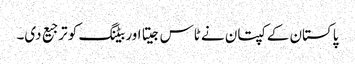
پاکستان کے کپتان نے ٹاس جیتا اور بیٹنگ کو ترجیع دی۔